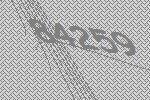
84259